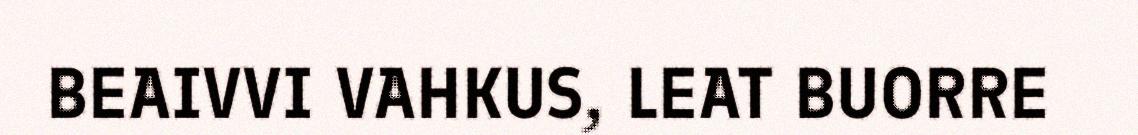
BEAIVVI VAHKUS, LEAT BUORRE